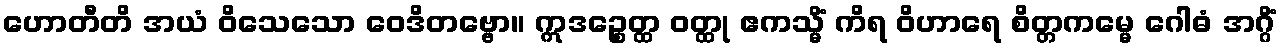
ဟောတီတိ အယံ ဝိသေသော ဝေဒိတဗ္ဗော။ ဣဒဉ္စေတ္ထ ဝတ္ထု ဧကသ္မိံ ကိရ ဝိဟာရေ စိတ္တကမ္မေ ဂေါဓံ အဂ္ဂိံ